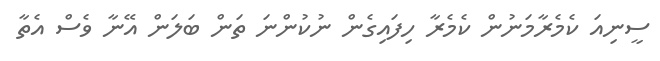
ސީނިއަ ކެމެރާމަނުން ކެމެރާ ހިފައިގެން ނުކުންނަ ތަން ބަލަން އޭނާ ވެސް އެތާ